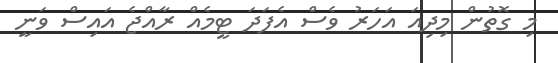
މި ގޮތުން މިދިއަ އަހަރު ވެސް އެފަދަ ޓީމެއް ރާއްޖެ އައިސް ވަނީ